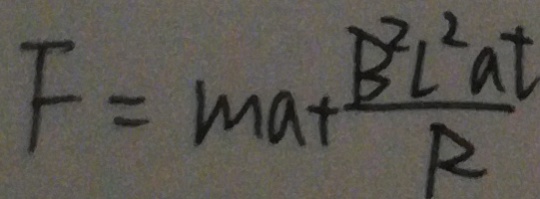
F = m a + \frac { B ^ { 2 } L ^ { 2 } a t } { R }